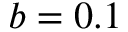
b = 0 . 1